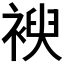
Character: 𮖜